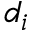
d _ { i }